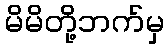
မိမိတို့ဘက်မှ